Veterinary regulations India, 1939 -
Year: 1939
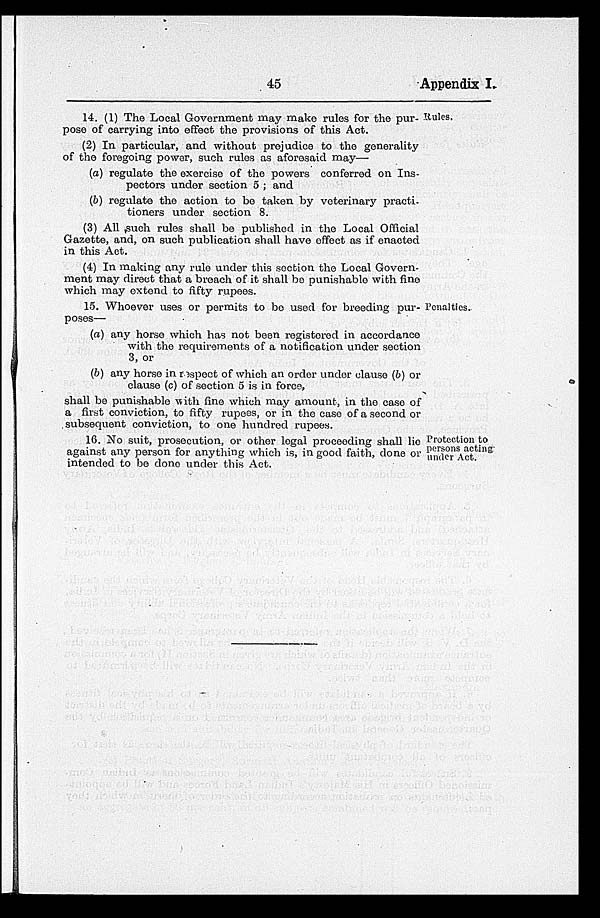
45
Appendix I.
14. (1) The Local Government may make rules for the pur- Rules.
pose of carrying into effect the provisions of this Act.
(2) In particular, and without prejudice to the generality
of the foregoing power, such rules as aforesaid may—
(a) regulate the exercise of the powers conferred on Ins-
pectors under section 5 ; and
(b) regulate the action to be taken by veterinary practi-
tioners under section 8.
(3) All such rules shall be published in the Local Official
Gazette, and, on such publication shall have effect as if enacted
in this Act.
(4) In making any rule under this section the Local Govern-
ment may direct that a breach of it shall be punishable with fine
which may extend to fifty rupees.
Penalties.
15. Whoever uses or permits to be used for breeding pur-
poses—
(a) any horse which has not been registered in accordance
with the requirements of a notification under section
3, or
(b) any horse in respect of which an order under clause (b) or
clause (c) of section 5 is in force,
shall be punishable with fine which may amount, in the case of
a first conviction, to fifty rupees, or in the case of a second or
subsequent conviction, to one hundred rupees.
Protection to
persons acting
under Act.
16. No suit, prosecution, or other legal proceeding shall lie
against any person for anything which is, in good faith, done or
intended to be done under this Act.